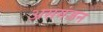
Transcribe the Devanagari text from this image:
असमंजन